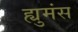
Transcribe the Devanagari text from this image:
ह्युमंस